Vaccine operations Central Provinces 1868-1885 - 1868-1885
Year: 1868
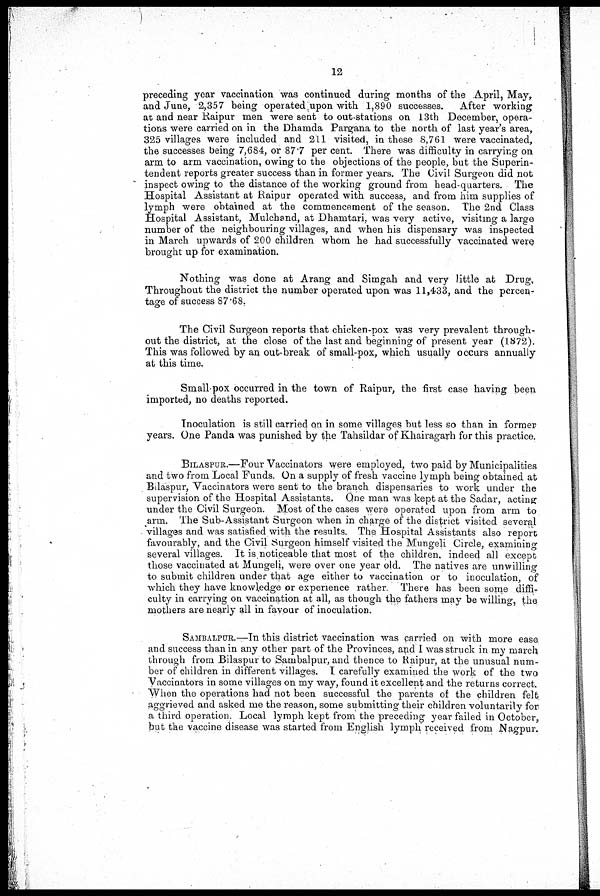
12
preceding year vaccination was continued during months of the April, May,
and June, 2,357 being operated upon with 1,890 successes. After working
at and near Raipur men were sent to out-stations on 13th December, opera-
tions were carried on in the Dhamda Pargana to the north of last year's area,
325 villages were included and 211 visited, in these 8,761 were vaccinated,
the successes being 7,684, or 87.7 per cent. There was difficulty in carrying on
arm to arm vaccination, owing to the objections of the people, but the Superin-
tendent reports greater success than in former years. The Civil Surgeon did not
inspect owing to the distance of the working ground from head-quarters. The
Hospital Assistant at Raipur operated with success, and from him supplies of
lymph were obtained at the commencement of the season. The 2nd Class
Hospital Assistant, Mulchand, at Dhamtari, was very active, visiting a large
number of the neighbouring villages, and when his dispensary was inspected
in March upwards of 200 children whom he had successfully vaccinated were
brought up for examination.
Nothing was done at Arang and Simgah and very little at Drug,
Throughout the district the number operated upon was 11,433, and the percen-
tage of success 87.68.
The Civil Surgeon reports that chicken-pox was very prevalent through-
out the district, at the close of the last and beginning of present year (1872).
This was followed by an out-break of small-pox, which usually occurs annually
at this time.
Small-pox occurred in the town of Raipur, the first case having been
imported, no deaths reported.
Inoculation is still carried on in some villages but less so than in former
years. One Panda was punished by the Tahsildar of Khairagarh for this practice.
BILASPUR.—Four Vaccinators were employed, two paid by Municipalities
and two from Local Funds. On a supply of fresh vaccine lymph being obtained at
Bilaspur, Vaccinators were sent to the branch dispensaries to work under the
supervision of the Hospital Assistants. One man was kept at the Sadar, acting
under the Civil Surgeon. Most of the cases were operated upon from arm to
arm. The Sub-Assistant Surgeon when in charge of the district visited several
villages and was satisfied with the results. The Hospital Assistants also report
favourably, and the Civil Surgeon himself visited the Mungeli Circle, examining
several villages. It is noticeable that most of the children, indeed all except
those vaccinated at Mungeli, were over one year old. The natives are unwilling
to submit children under that age either to vaccination or to inoculation, of
which they have knowledge or experience rather There has been some diffi-
culty in carrying on vaccination at all, as though the fathers may be willing, the
mothers are nearly all in favour of inoculation.
SAMBALPUR.—In this district vaccination was carried on with more ease
and success than in any other part of the Provinces, and I was struck in my march
through from Bilaspur to Sambalpur, and thence to Raipur, at the unusual num-
ber of children in different villages. I carefully examined the work of the two
Vaccinators in some villages on my way, found it excellent and the returns correct.
When the operations had not been successful the parents of the children felt
aggrieved and asked me the reason, some submitting their children voluntarily for
a third operation. Local lymph kept from the preceding year failed in October,
but the vaccine disease was started from English lymph received from Nagpur.